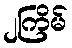
၂ကြိမ်